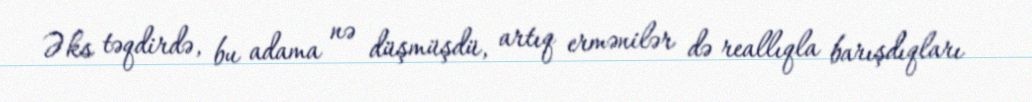
Əks təqdirdə, bu adama nə düşmüşdü, artıq ermənilər də reallıqla barışdıqları